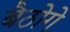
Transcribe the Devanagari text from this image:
बैठोगे